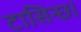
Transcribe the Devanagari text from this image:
टासिन्छ।